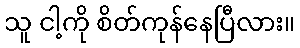
သူ ငါ့ကို စိတ်ကုန်နေပြီလား။